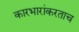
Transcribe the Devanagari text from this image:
कारभारांकरताच